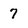
Character: 7